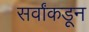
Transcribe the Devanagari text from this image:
सर्वांकडून